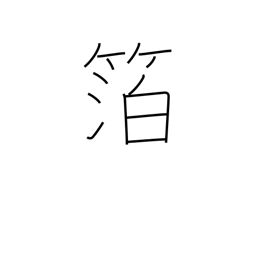
Meaning: foil